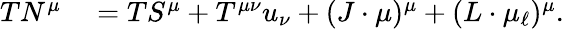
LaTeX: \begin{array}{rl}{TN^{\mu}}&{{}=TS^{\mu}+T^{\mu\nu}u_{\nu}+(J\cdot\mu)^{\mu}+(L\cdot\mu_{\ell})^{\mu}.}\end{array}